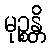
မုဉ္စန္တိ